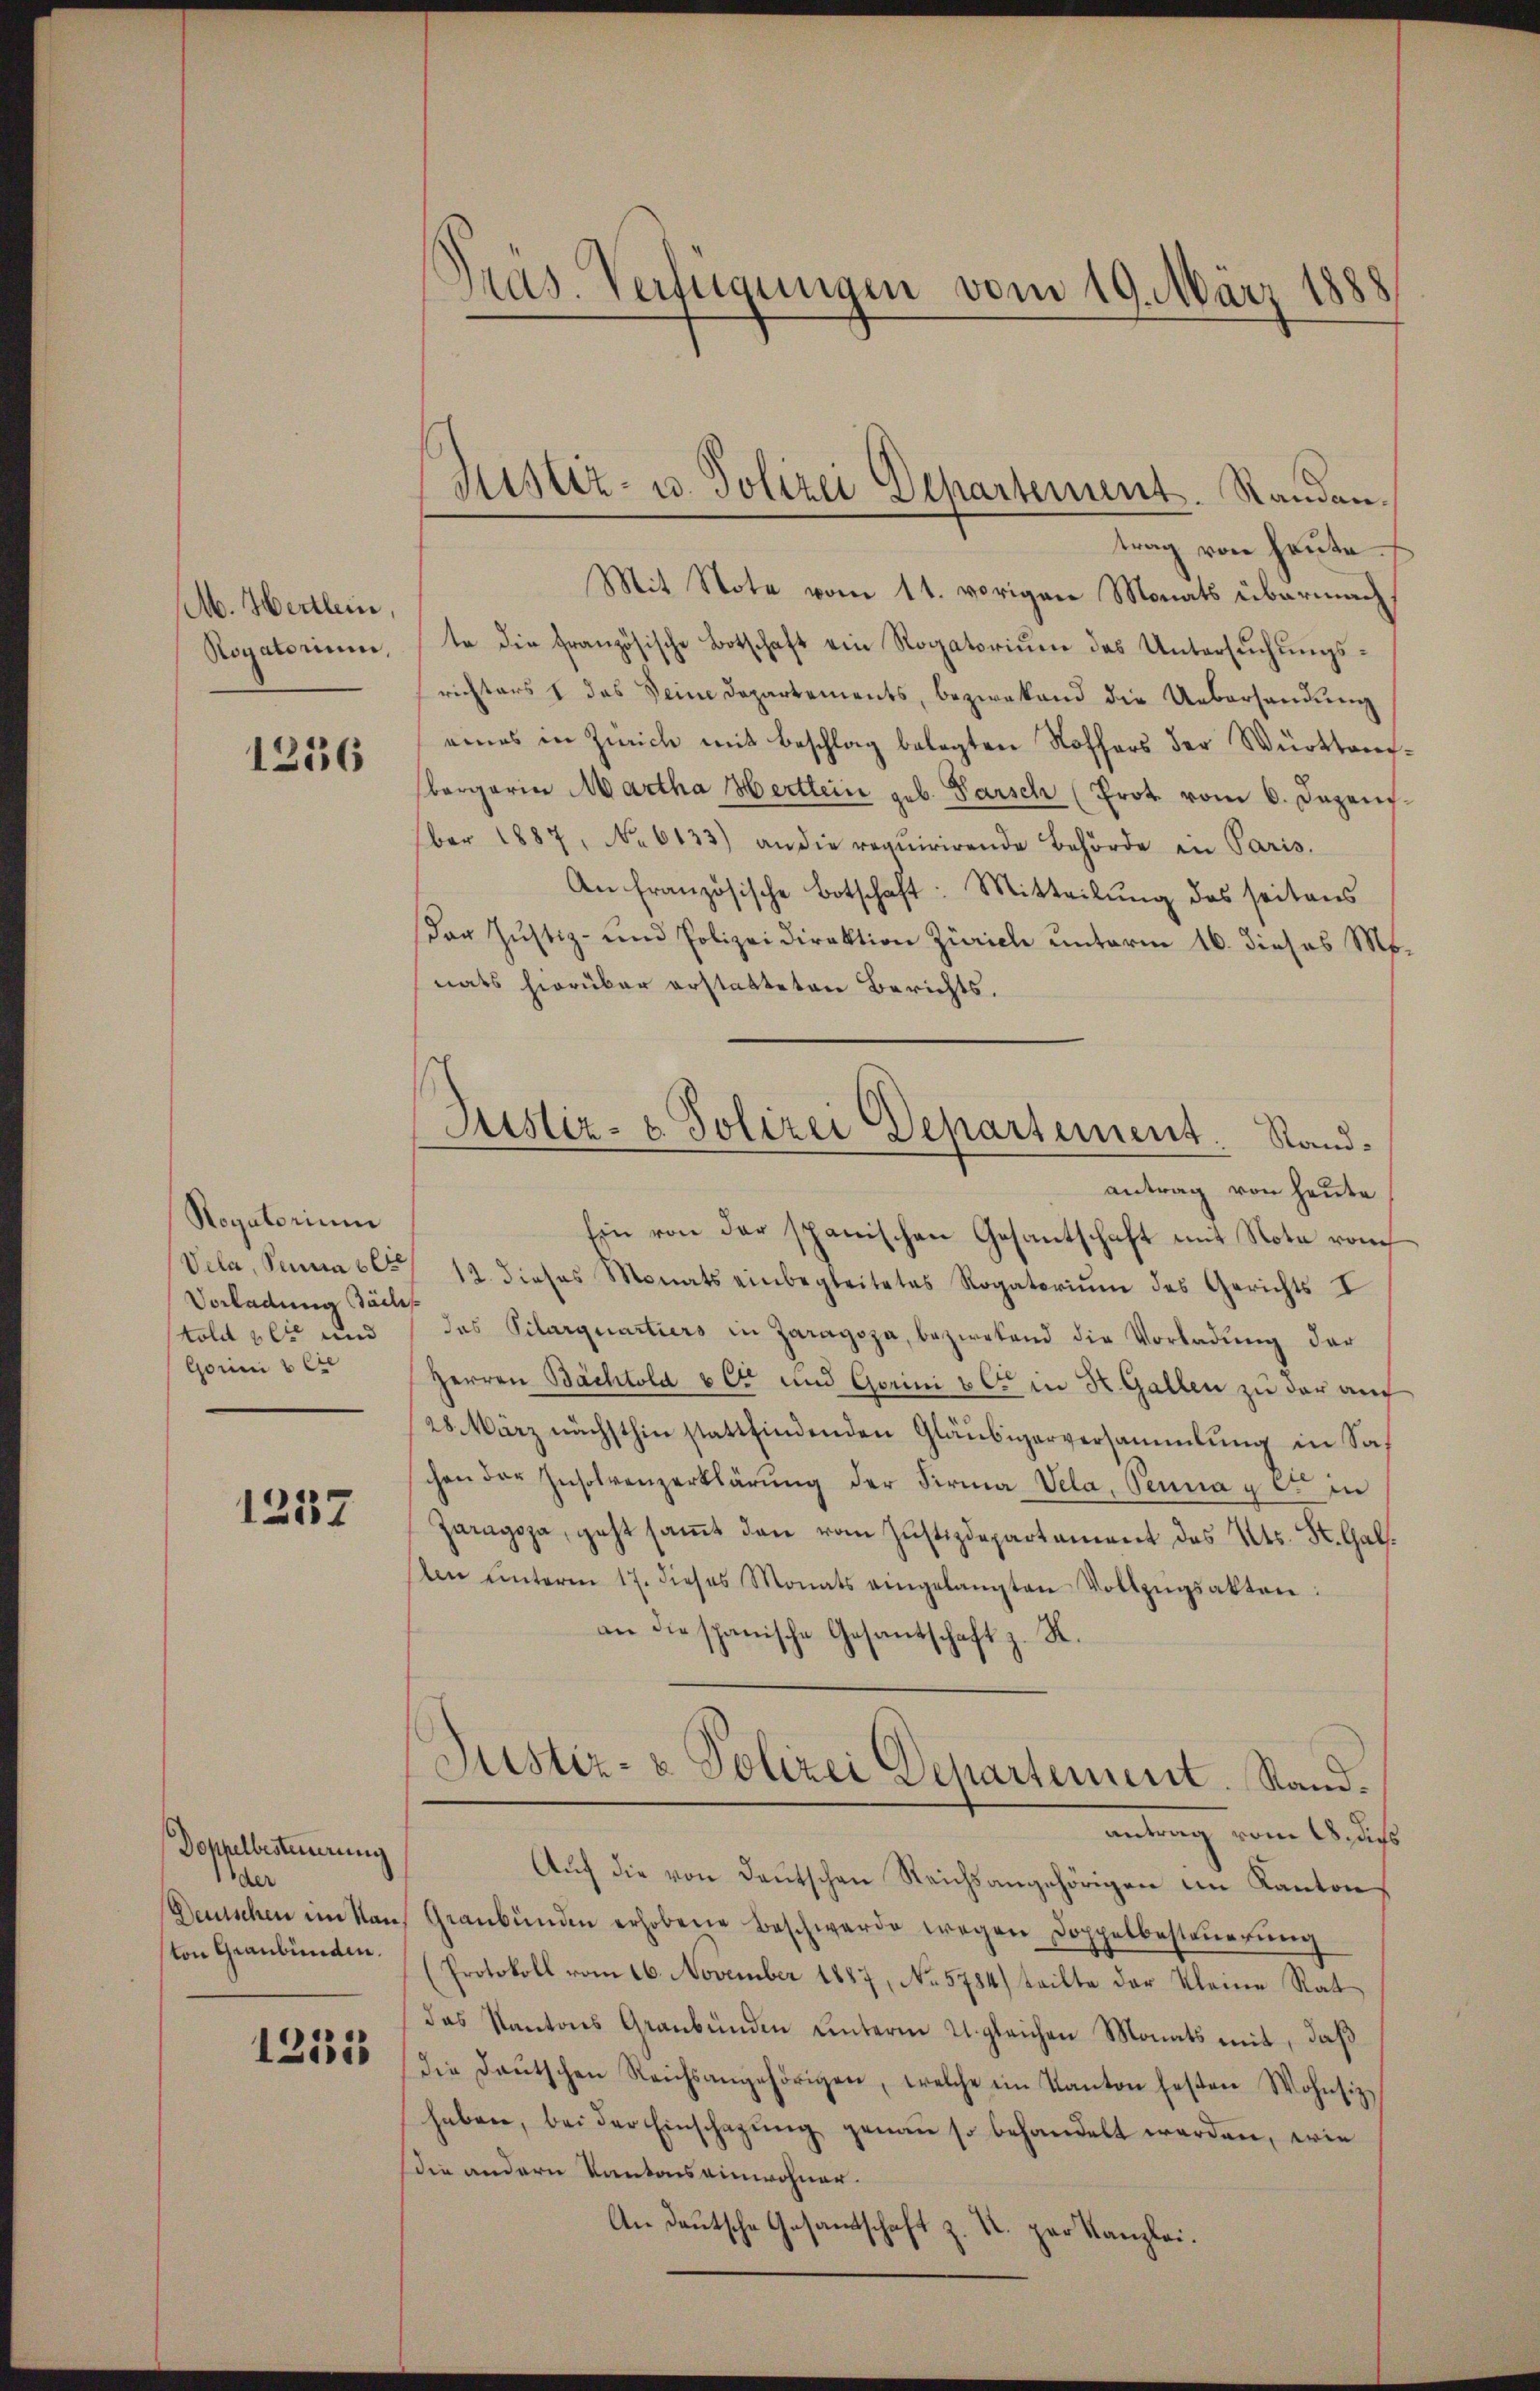
M. Hertlein,
Rogatorium,

1256

Rogatorium
Vela, Senna bet
Vorladung Badis
told bei und
Gorni & Cie

1257

Dohhelbesteuerung
der
Deutschen im Kanton Graubünden.

1253

Pras. Verfügungen vom 19. März 1888

trag von heute
Mit Note vom 11. vorigen Monats übermachte die französische Botschaft ein Rogatorium das Untersuchungsrichters & das Seine Departements, bezwekend die Uebersandung
eines in Zürich mit Beschlag belegten Koffers der Württembergerin Martha Hertlein geb. Parsch (Prot. vom 6. Dezens.
ber 1887, No 6133) an die requirirende Behörde in Paris,
An Französische Botschaft: Mitteilung des seitens
Der Justiz- und Polizeidirektion Zürich ŭnterm 16. dieses Ms.
nats hierüber erstatteten Berichts.
antrag von heute
Ein von der spanischen Gesantschaft mit Note vom
12. dieses Monats einbegleitetes Rogatoriŭm des Gerichts I
das Pilarquartiers in Zaragoza, beziehend die Vorladung der
Herren Bächtold & Cie und Gerini & Cie in St. Gallen zu der auf
28. März nächsthin stattfindenden Gläubigerversammlung in Sa
schon der Insolvenzerklärŭng der Firma Vela, Pennay c. in
Jaragoja, geht saṁt den vom Justizdepartament des Kts. St. Galn ŭnterm 17. dieses Monats eingelangten Vollzŭgsakten:
an die spanische Gesantschaft z. K.
Justiz- & Polizei Departement. Stand.
antrag vom 18. dies
Auf die von Deutschen Reichsangehörigen im Kanton
Graubünden erhobene Beschwerde wegen Doppelbesteŭerŭng
(Protokoll vom 16. November 1887, No 5784) teilte der Kleine Rat
das Kantons Graubünden unterm 21. gleichen Monats mit, daß
die Daŭtschen Reichsangehörigen, welche im Kanton festen Wohnsiz
haben, bei der Einschazung genau so behandelt werden, wie
die andern Kantons einwohner.
An Deutsche Gesandtschaft z. R. zur Kanzlei.

Fister- u. Polizei Departement. Randan¬

Justiz- & Polizei Departement. Stand.